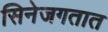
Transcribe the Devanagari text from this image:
सिनेजगतात